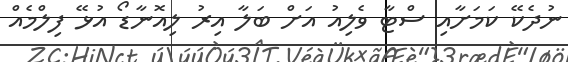
ނުދެކޭ ކަމަށާއި ސްޓާ ވެލިއު އަށް ބަލާ އިރު ލިއޮނާޑޯ އުޅޭ ފިލްމެއް